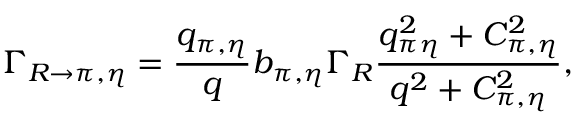
\Gamma _ { R \rightarrow \pi , \eta } = \frac { q _ { \pi , \eta } } { q } b _ { \pi , \eta } \Gamma _ { R } \frac { q _ { \pi \eta } ^ { 2 } + C _ { \pi , \eta } ^ { 2 } } { q ^ { 2 } + C _ { \pi , \eta } ^ { 2 } } ,